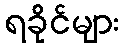
ရခိုင်များ